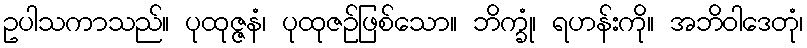
ဥပါသကာသည်။ ပုထုဇ္ဇနံ၊ ပုထုဇဉ်ဖြစ်သော။ ဘိက္ခုံ၊ ရဟန်းကို။ အဘိဝါဒေတုံ၊